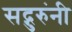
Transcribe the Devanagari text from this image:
सद्गुरुंनी